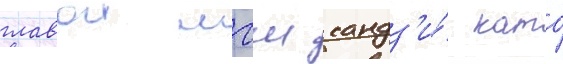
главои мгш кандз'и́ като